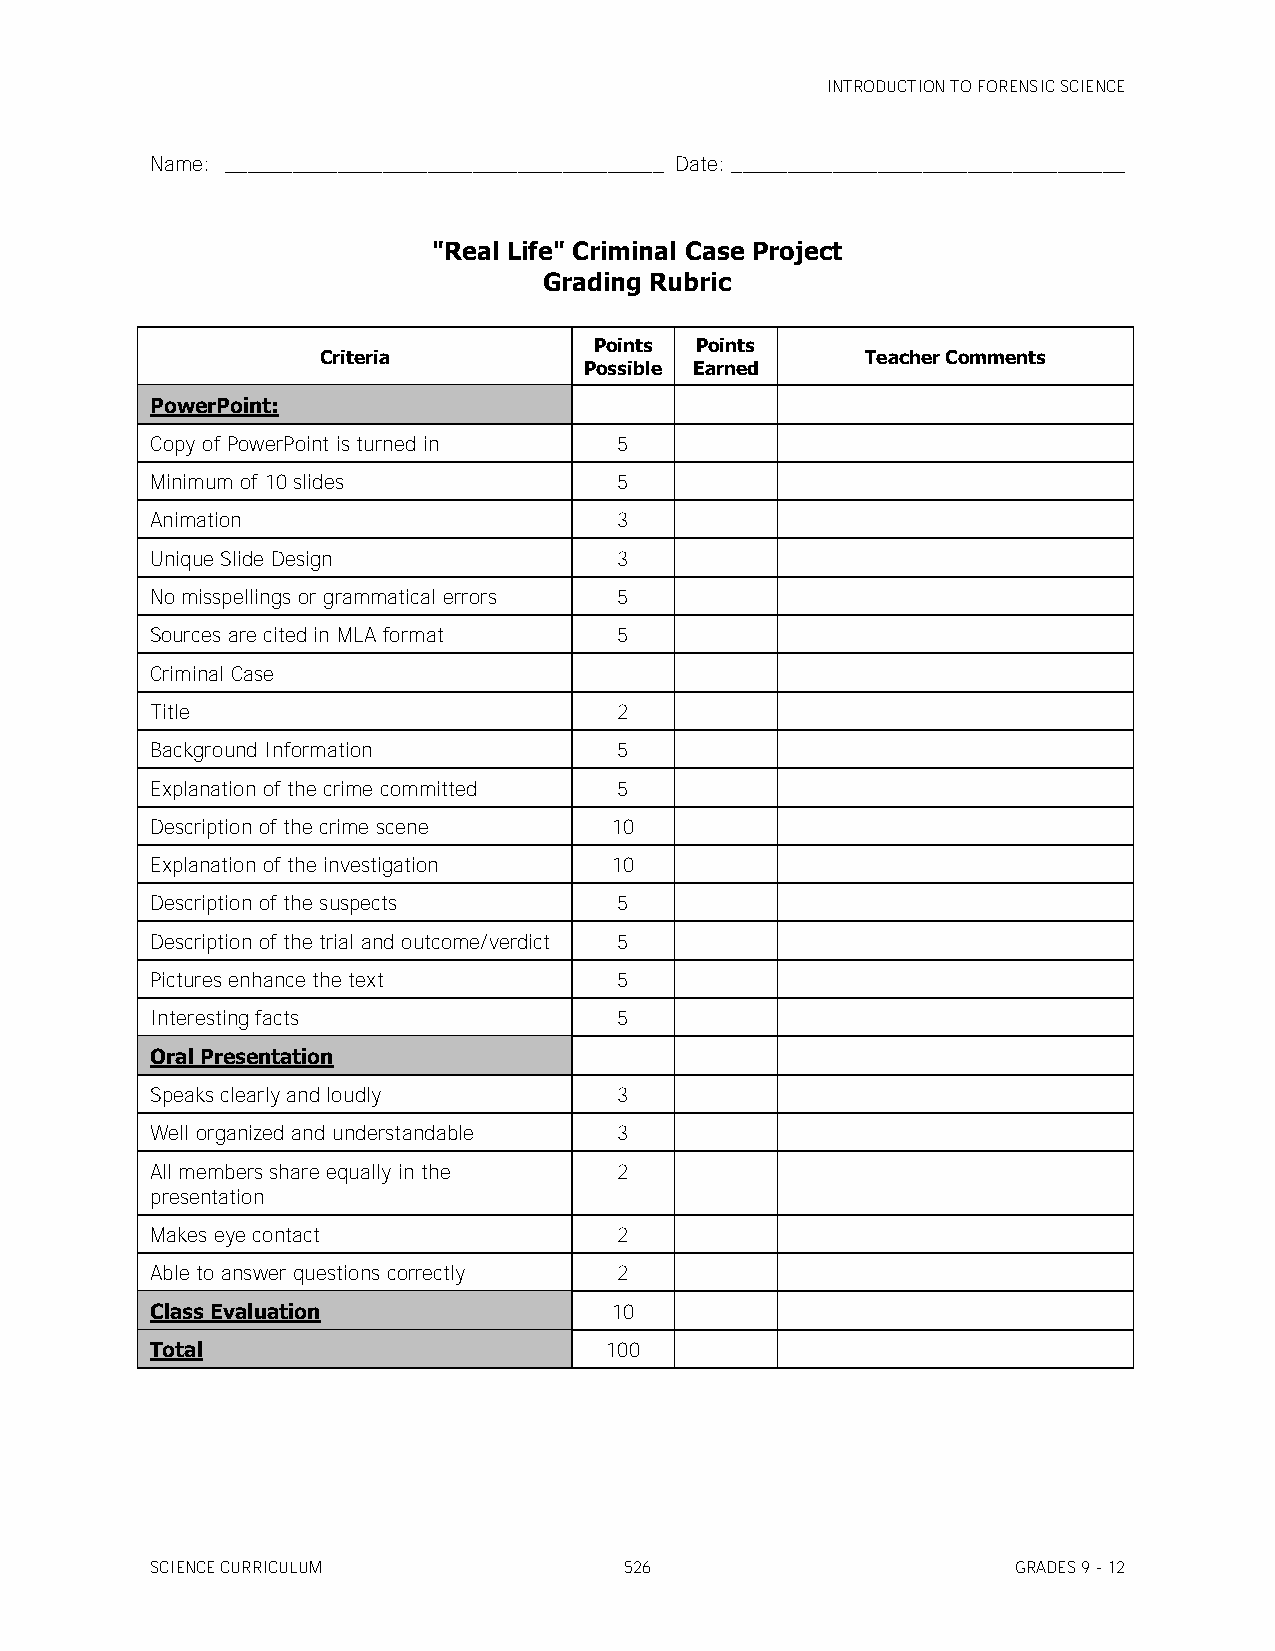
INTRODUCTION TO FORENSIC SCIENCE
 Name: _______________________________________ Date: ___________________________________
 "Real Life" Criminal Case Project
 Grading Rubric
 Points Points
 Criteria                            Teacher Comments
 Possible Earned
 PowerPoint:
 Copy of PowerPoint is turned in 5
 Minimum of 10 slides           5
 Animation                      3
 Unique Slide Design            3
 No misspellings or grammatical errors 5
 Sources are cited in MLA format 5
 Criminal Case
 Title                          2
 Background Information         5
 Explanation of the crime committed 5
 Description of the crime scene 10
 Explanation of the investigation 10
 Description of the suspects    5
 Description of the trial and outcome/verdict 5
 Pictures enhance the text      5
 Interesting facts              5
 Oral Presentation
 Speaks clearly and loudly      3
 Well organized and understandable 3
 All members share equally in the 2
 presentation
 Makes eye contact              2
 Able to answer questions correctly 2
 Class Evaluation              10
 Total                         100
 SCIENCE CURRICULUM             526                       GRADES 9 - 12